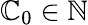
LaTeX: \mathbb{C}_{0}\in\mathbb{{N}}